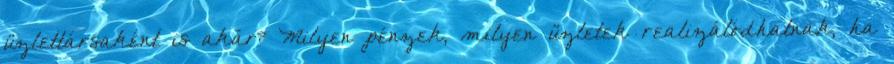
üzlettársaként is akár? Milyen pénzek, milyen üzletek realizálódhatnak, ha